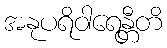
အနုပရိဝါရေန္တီတိ